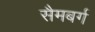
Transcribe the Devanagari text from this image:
सैमबर्ग